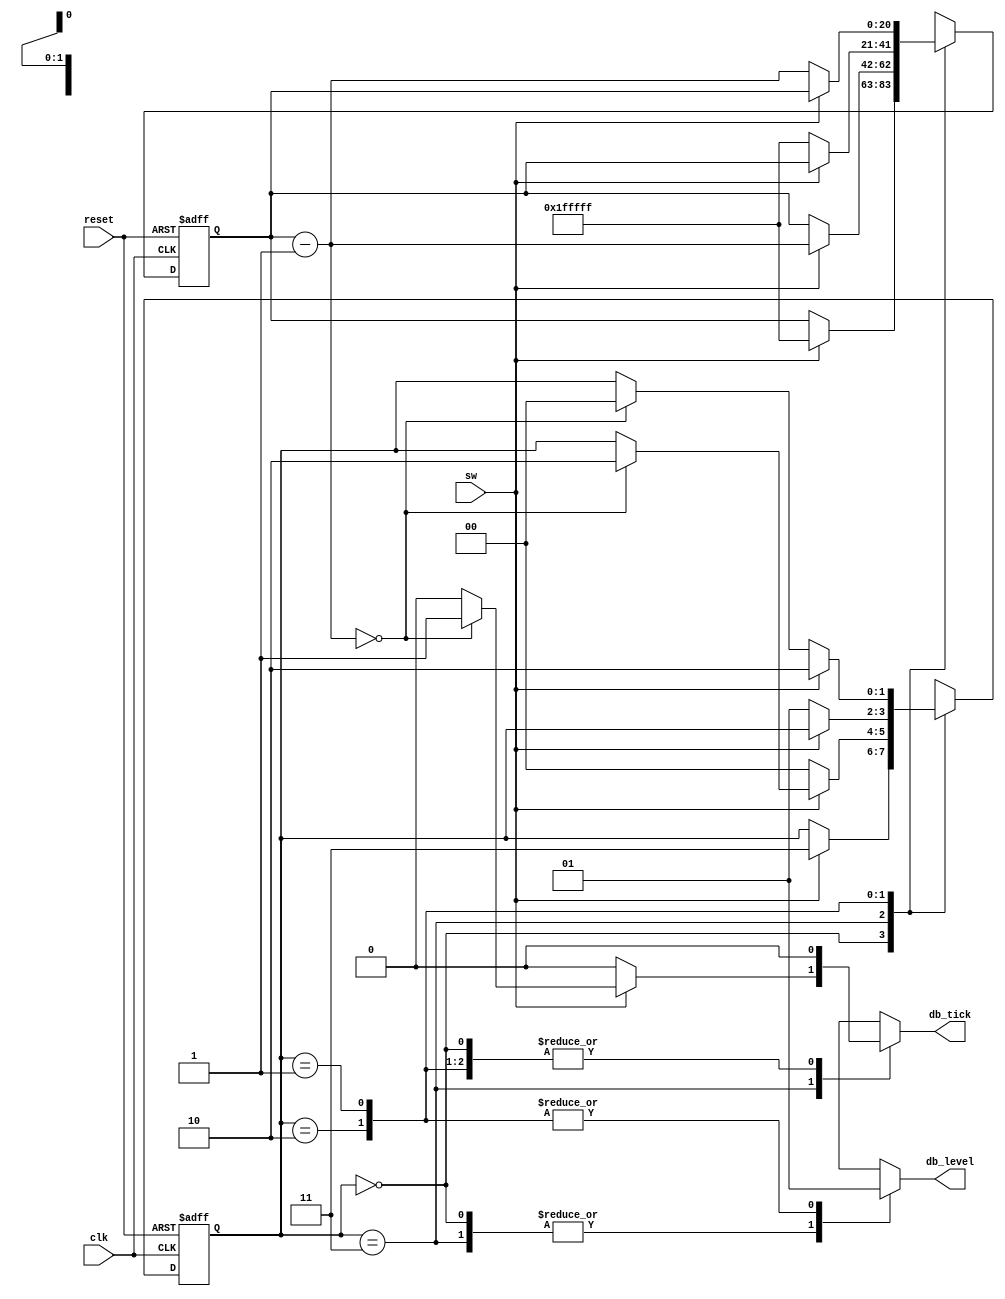
`timescale 1ns / 1ps

// From the book "FPGA Prototyping by Verilog Examples"
//					"Xilinx Spartan-3 Version"
// Authored by: Dr. Pong P. Chu
// Published by: Wiley, 2008
// Debouncing circuit with implicit data path component
// page 148, Listing 6.2

module debounce_chu(
	input clk,
	input reset,
	input sw,
	output reg db_level, db_tick
	);
	
	// symbolic state declaration
	parameter [1:0] 
				zero  = 2'b00,
				wait0 = 2'b01,
				one   = 2'b10,
				wait1 = 2'b11;
				
	// number of counter bits
	parameter N = 21;
	
	// signal declaration
	reg [N-1:0] q_reg, q_next;
	reg [1:0] state_reg, state_next;
	
	// body
	// fsmd state & data registers
	always @(posedge clk or posedge reset)
		if(reset)
			begin
				state_reg <= zero;
				q_reg <= 0;
			end
		else
			begin
				state_reg <= state_next;
				q_reg <= q_next;
			end
	
	// next-state logic & data path functional units/routing
	always @*
	begin
		state_next = state_reg;
		q_next = q_reg;
		db_tick = 1'b0;
		case(state_reg)
			
			zero : 
				begin
					db_level = 1'b0;
					if(sw)
						begin
							state_next = wait1;
							q_next = {N{1'b1}};	// load all 1's
						end
				end
			
			wait1 :
				begin
					db_level = 1'b0;
					if(sw)
						begin
							
							q_next = q_reg - 1;
							if(q_next == 0)
								begin
									state_next = one;
									db_tick = 1'b1;
								end
						end
					else	// sw == 0
						state_next = zero;
				end
			
			one :
				begin
					db_level = 1'b1;
					if(~sw)
						begin
							state_next = wait0;
							q_next = {N{1'b1}};		// load all 1's
						end
				end		
	
			wait0 :
				begin
					db_level = 1'b1;
					if(~sw)
						begin
							q_next = q_reg - 1;
							if(q_next == 0)
								state_next = zero;
						end
					else 	// sw == 1
						state_next = one;
				end
				
			default : state_next = zero;
		endcase
	end
endmodule